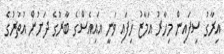
އިރާގު ސިފައިން މިހާރު އަމާޒު ހިފައި ވަނީ އައިއެސްގެ ބާރުގެ ދަށުން އުތުރުގެ